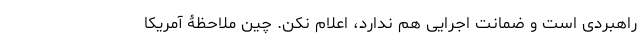
راهبردی است و ضمانت اجرایی هم ندارد، اعلام نکن. چین ملاحظۀ آمریکا